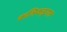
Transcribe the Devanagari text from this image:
कलिकडुगल